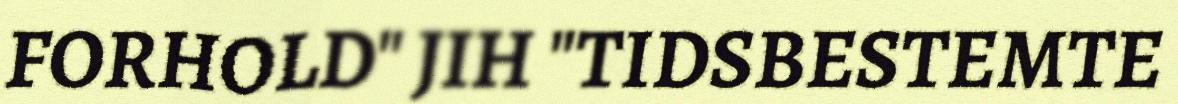
FORHOLD" JIH "TIDSBESTEMTE